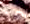
نحن